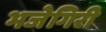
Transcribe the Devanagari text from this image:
भजेगिरी